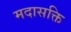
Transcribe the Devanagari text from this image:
मदासक्ति